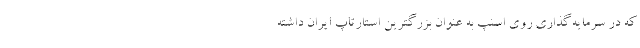
که در سرمایه‌گذاری روی اسنپ به عنوان بزرگترین استارتاپ ایران داشته